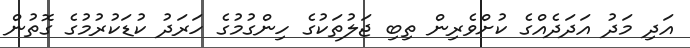
އަދި މަދު އަދަދެއްގެ ކުށްވެރިން ތިބި ޖަލުތަކުގެ ހިންގުމުގެ ހަރަދު ކުޑަކުރުމުގެ ގޮތުން